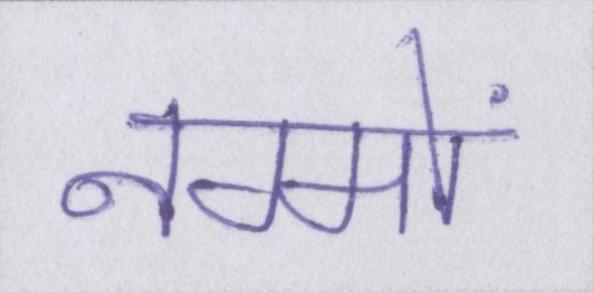
नग्मों